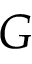
G